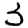
Digit: 3